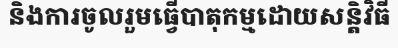
និងការចូលរួមធ្វើបាតុកម្មដោយសន្តិវិធី